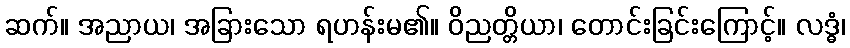
ဆက်။ အညာယ၊ အခြားသော ရဟန်းမ၏။ ဝိညတ္တိယာ၊ တောင်းခြင်းကြောင့်။ လဒ္ဓံ၊